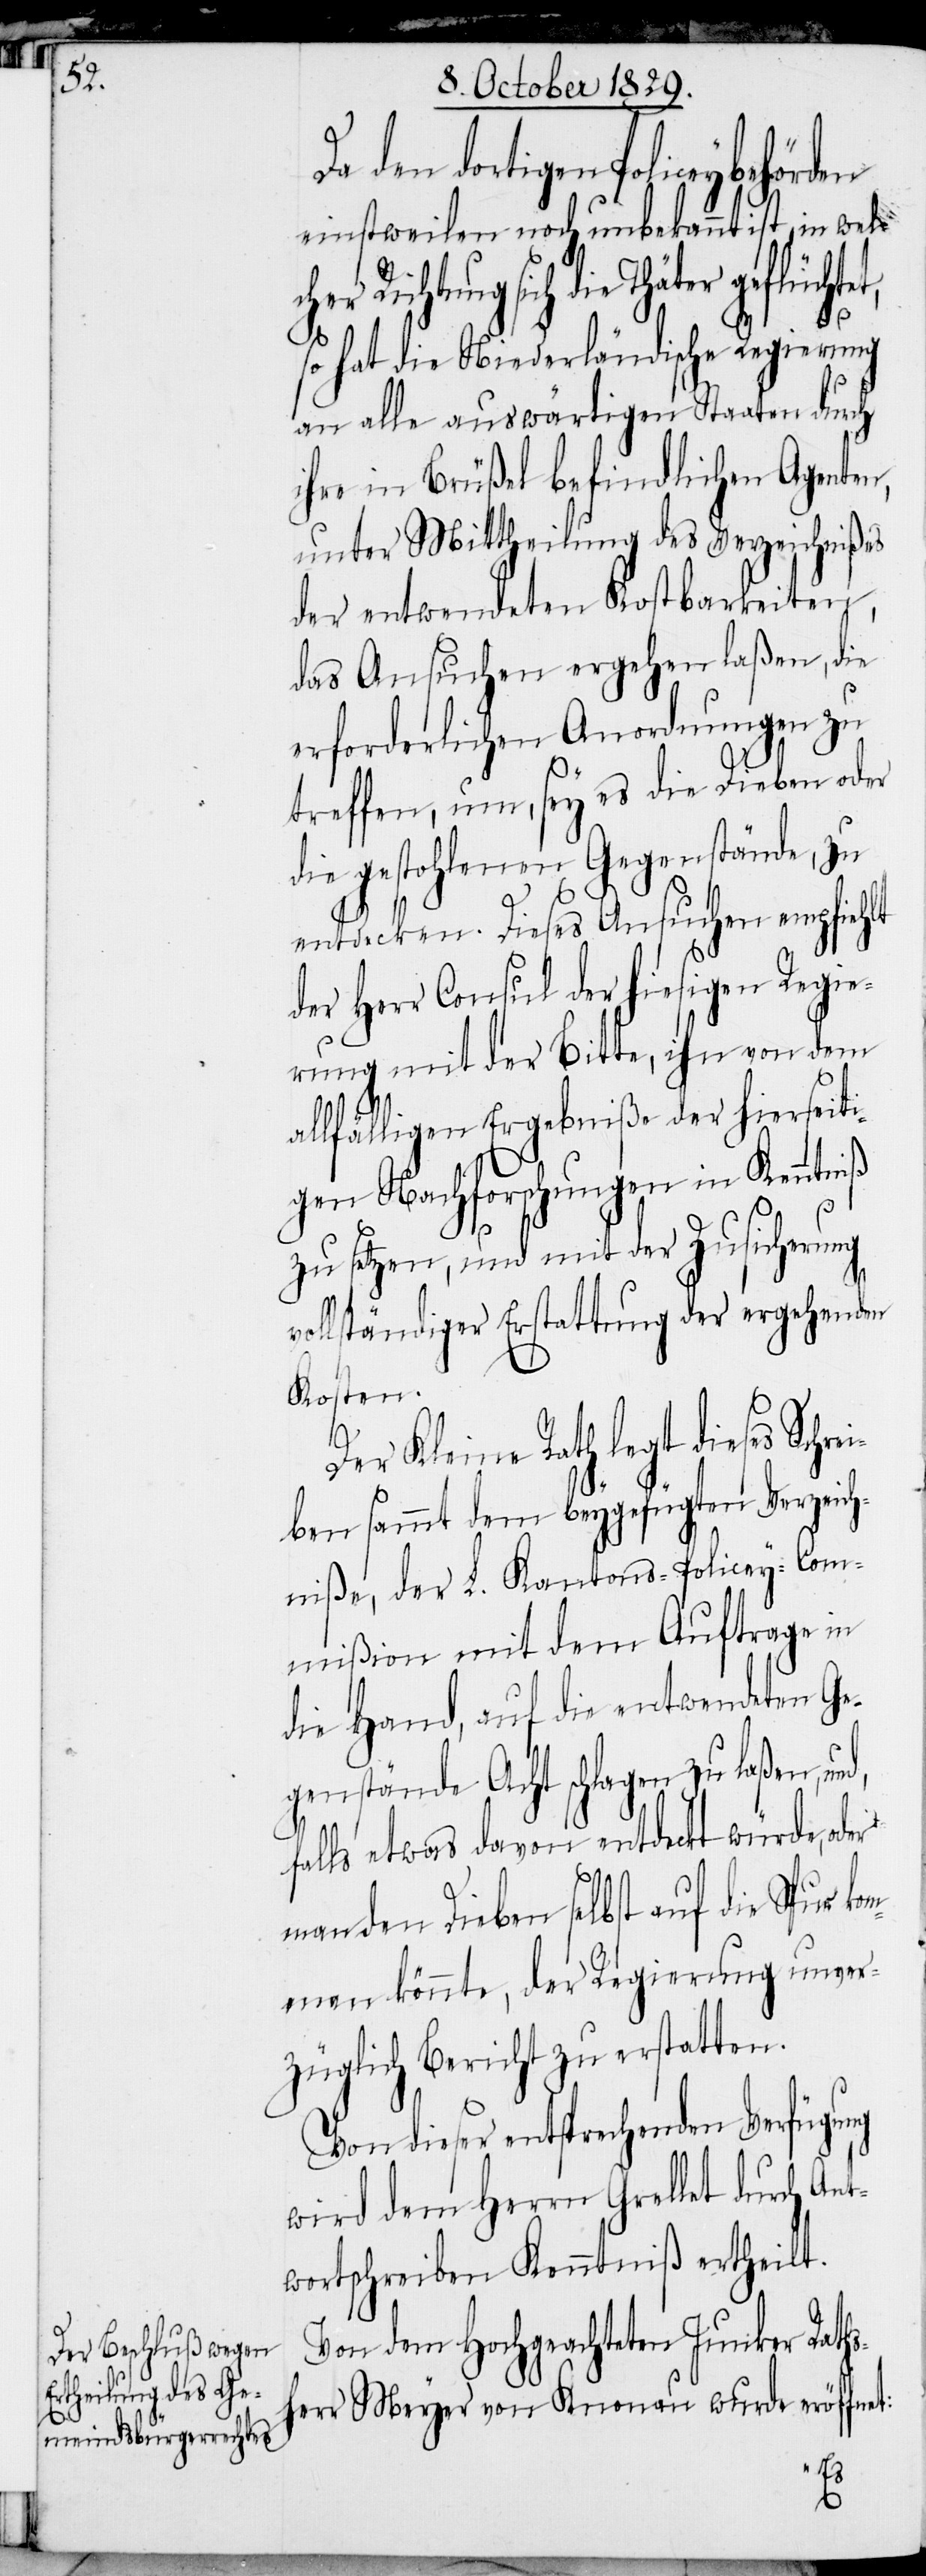
al¬

Da den dortigen Policeybehörden
einstweilen noch unbekannt ist,
die Thäter geflücht¬
so hat die Niederländische Regierung
an alle auswärtigen Staaten durch
ihre in Brüßel befindlichen Agenten,
unter Mittheilung des Verzeichnißes
der entwendeten Kostbarkeiten,
das Ansuchen ergehen laßen, die
erforderlichen Anordnungen zu
treffen, um, sey es die Dieben oder
die gestohlenen Gegenstände, zu
entdecken. Dieses Ansuchen empfiehlt
der Herr Consul der hiesigen Regie¬
rung mit der Bitte, ihn von dem
lfälligen Ergebniße der hierseit¬
igen Nachforschungen in Kenntniß
zu setzen, und mit der Zusicherung
vollständiger Erstattung der ergehenden
Kosten.
Der Kleine Rath legt dieses Schre¬
iben sammt dem beygefügten Verzeich¬
niße, der L. Kantons-Policey-Com¬
mißion mit dem Auftrage in
die Hand, auf die entwendeten Ge¬
genstände Acht schlagen zu laßen, un¬
d,
falls etwas davon entdeckt würde,
man den Dieben selbst auf die Spur ko¬
mmen könnte, der Regierung unver¬
züglich Bericht zu erstatten.
Von dieser entsprechenden Verfügung
wird dem Herrn Grellet durch An¬
twortschreiben Kenntniß ertheilt.
Von dem Hochgeachteten Junker Raths¬
herr Meyer von Knonau wurde eröffnet: